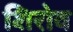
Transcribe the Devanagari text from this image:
शिरोव